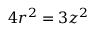
4 r ^ { 2 } = 3 z ^ { 2 }